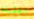
الحقيقة